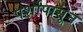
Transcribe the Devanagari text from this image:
पर्शापासून